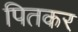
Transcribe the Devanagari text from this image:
पितकर